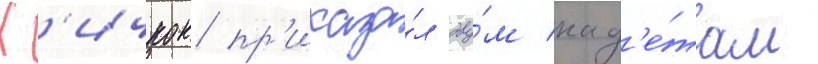
Х'ичкок пр'иказа́л дву́м кад'е́там